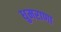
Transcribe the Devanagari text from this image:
धुमराणा